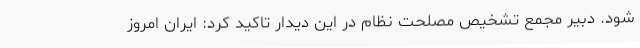
شود. دبیر مجمع تشخیص مصلحت نظام در این دیدار تاکید کرد: ایران امروز